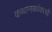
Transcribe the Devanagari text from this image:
कथानकांवरची